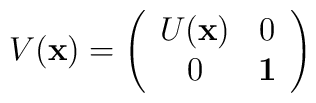
V({\bf x}) =\left(\begin{array}{cc}   U({\bf x})  & 0 \\   0 &  {\bf 1}\end{array}\right)